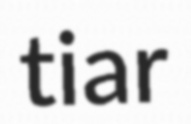
tiar